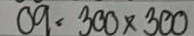
09 = 300x300